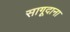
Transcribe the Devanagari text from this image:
सागूदाना